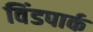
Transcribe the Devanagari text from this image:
विंडपार्क